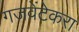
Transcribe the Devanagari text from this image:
गजवेंटेकरा